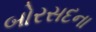
બોરસદના